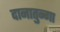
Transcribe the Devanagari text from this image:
दानातुन्गा